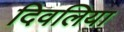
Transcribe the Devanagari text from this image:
दिवलिया